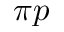
\pi p